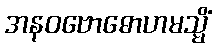
အနဝဗောဓောဟမသ္မိံ